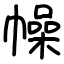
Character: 幧